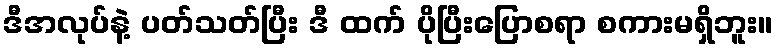
ဒီအလုပ်နဲ့ ပတ်သတ်ပြီး ဒီ ထက် ပိုပြီးပြောစရာ စကားမရှိဘူး။